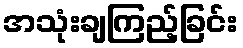
အသုံးချကြည့်ခြင်း